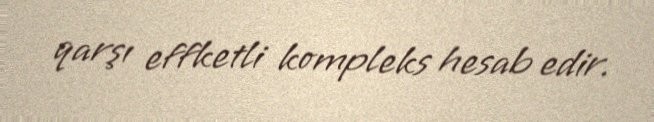
qarşı effketli kompleks hesab edir.